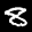
Label: 8